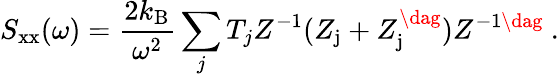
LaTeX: S_{\mathrm{xx}}(\omega)=\frac{2k_{\mathrm{B}}}{{\omega}^{2}}\sum_{j}T_{j}Z^{-1}(Z_{\mathrm{j}}+Z_{\mathrm{j}}^{\dag})Z^{-1\dag}~.